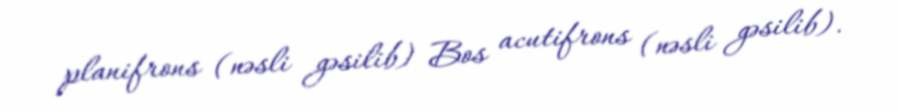
planifrons (nəsli gəsilib) Bos acutifrons (nəsli gəsilib).